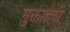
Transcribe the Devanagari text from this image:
मुक्तादेवी